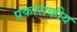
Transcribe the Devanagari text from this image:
प्रकासकीय